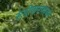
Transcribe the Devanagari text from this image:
रुंदीकरणाच्या